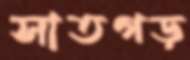
সাতগড়